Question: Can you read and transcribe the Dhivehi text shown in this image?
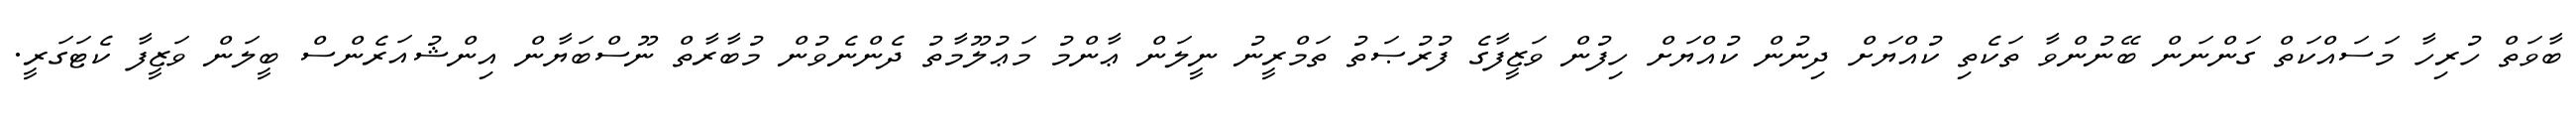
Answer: ބާވަތް ހުރިހާ މަސައްކަތް ގަންނަން ބޭނުންވާ ތަކެތި ކުއްޔަށް ދިނުން ކުއްޔަށް ހިފުން ވަޒީފާގެ ފުރުޞަތު ތަމްރީނު ނީލަން ޢާންމު މަޢުލޫމާތު ދެންނެވުން މުބާރާތް ނޫސްބަޔާން އިންޝުއަރެންސް ބީލަން ވަޒީފާ ކެޓަގަރީ.